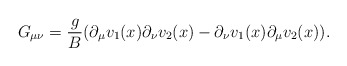
\begin{align*}G_{\mu\nu}=\frac{g}{B}(\partial_{\mu}v_{1}(x)\partial_{\nu}v_{2}(x)-\partial_{\nu}v_{1}(x)\partial_{\mu}v_{2}(x)).\end{align*}